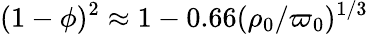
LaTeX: (1-\phi)^{2}\approx 1-0.66(\rho_{0}/\varpi_{0})^{1/3}